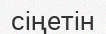
сіңетін